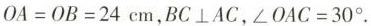
$$OA=OB=24cm$$，$$BC\bot AC$$，$$\angle OAC=30^{\circ}$$。